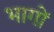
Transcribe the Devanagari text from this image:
भागाें